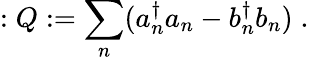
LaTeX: :Q:=\sum_{n}(a_{n}^{\dagger}a_{n}-b_{n}^{\dagger}b_{n})\; .